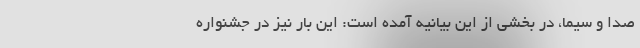
صدا و سیما، در بخشی از این بیانیه آمده است: این بار نيز در جشنواره